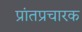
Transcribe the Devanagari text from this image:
प्रांतप्रचारक